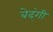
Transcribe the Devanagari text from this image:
बेढ्ंगी